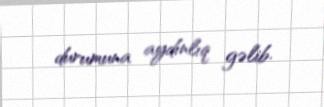
durumuna aydınlıq gəlib.